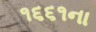
૧૬૬૧ના